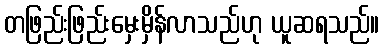
တဖြည်းဖြည်းမှေးမှိန်လာသည်ဟု ယူဆရသည်။